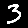
Digit: 3